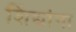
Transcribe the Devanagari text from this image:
शिंद्यांना